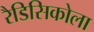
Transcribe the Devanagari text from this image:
रैडिसिकोला